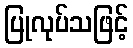
ပြုလုပ်သဖြင့်